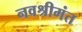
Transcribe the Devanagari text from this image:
नवश्रीमंत